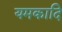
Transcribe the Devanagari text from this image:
यमकादि